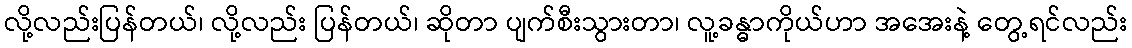
လို့လည်းပြန်တယ်၊ လို့လည်း ပြန်တယ်၊ ဆိုတာ ပျက်စီးသွားတာ၊ လူ့ခန္ဓာကိုယ်ဟာ အအေးနဲ့ တွေ့ရင်လည်း